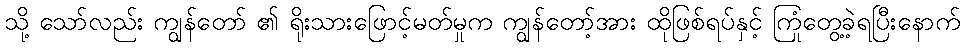
သို့ သော်လည်း ကျွန်တော် ၏ ရိုးသားဖြောင့်မတ်မှုက ကျွန်တော့်အား ထိုဖြစ်ရပ်နှင့် ကြုံတွေ့ခဲ့ရပြီးနောက်